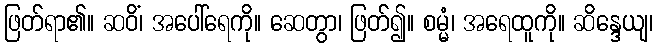
ဖြတ်ရာ၏။ ဆဝိံ၊ အပေါ်ရေကို။ ဆေတွာ၊ ဖြတ်၍။ စမ္မံ၊ အရေထူကို။ ဆိန္ဒေယျ၊